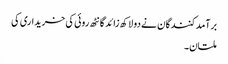
برآمدکنندگان نے دو لاکھ زائد گانٹھ روئی کی خریداری کی
ملتان۔